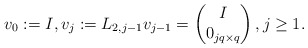
\begin{align*} v_{0}:=I, v_{j}:= L_{2,j-1} v_{j-1} = \begin{pmatrix} I \\ 0_{jq\times q} \end{pmatrix}, j\geq1. \end{align*}